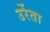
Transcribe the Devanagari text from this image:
उर्रेता